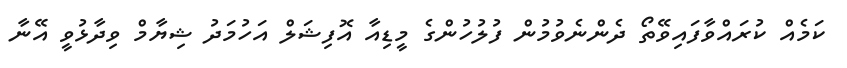
ކަމެއް ކުރައްވާފައިވޭތޯ ދެންނެވުމުން ފުލުހުންގެ މީޑިއާ އޮފިޝަލް އަހުމަދު ޝިޔާމް ވިދާޅުވީ އޭނާ